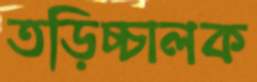
তড়িচ্চালক